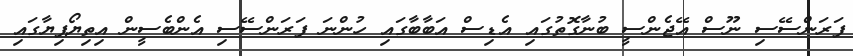
ފަރަންސޭސި ނޫސް އޭޖެންސީ ބުނާގޮތުގައި އެޑިސް އަބާބާގައި ހުންނަ ފަރަންސޭސި އެންބެސީން އިތިޔޯޕިޔާގައި